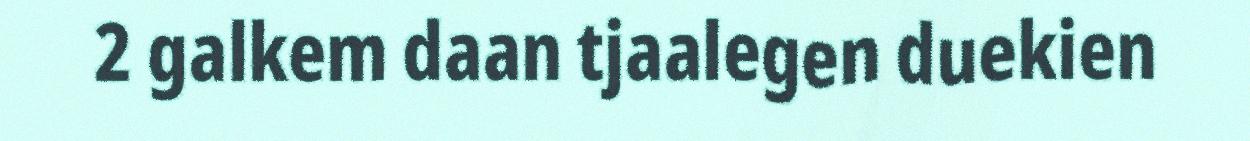
2 galkem daan tjaalegen duekien